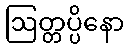
ဩတ္တပ္ပိနော